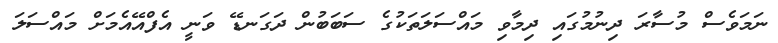
ނަމަވެސް މުސާރަ ދިނުމުގައި ދިމާވި މައްސަލަތަކުގެ ސަބަބުން ދަގަނޑޭ ވަނީ އެފްއޭއެމަށް މައްސަލަ